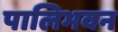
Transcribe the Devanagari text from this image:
पालिभवन